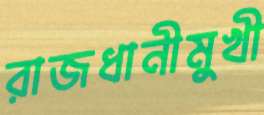
রাজধানীমুখী